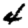
Digit: 4